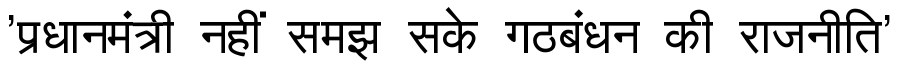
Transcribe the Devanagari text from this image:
'प्रधानमंत्री नहीं समझ सके गठबंधन की राजनीति'